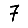
Digit: 7